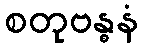
စတုဗန္ဓနံ